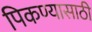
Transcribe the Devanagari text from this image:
पिकण्यासाठी